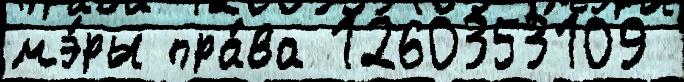
мэ́ры пра́ва 1260353109